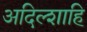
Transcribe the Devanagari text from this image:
अदिल्शाहि